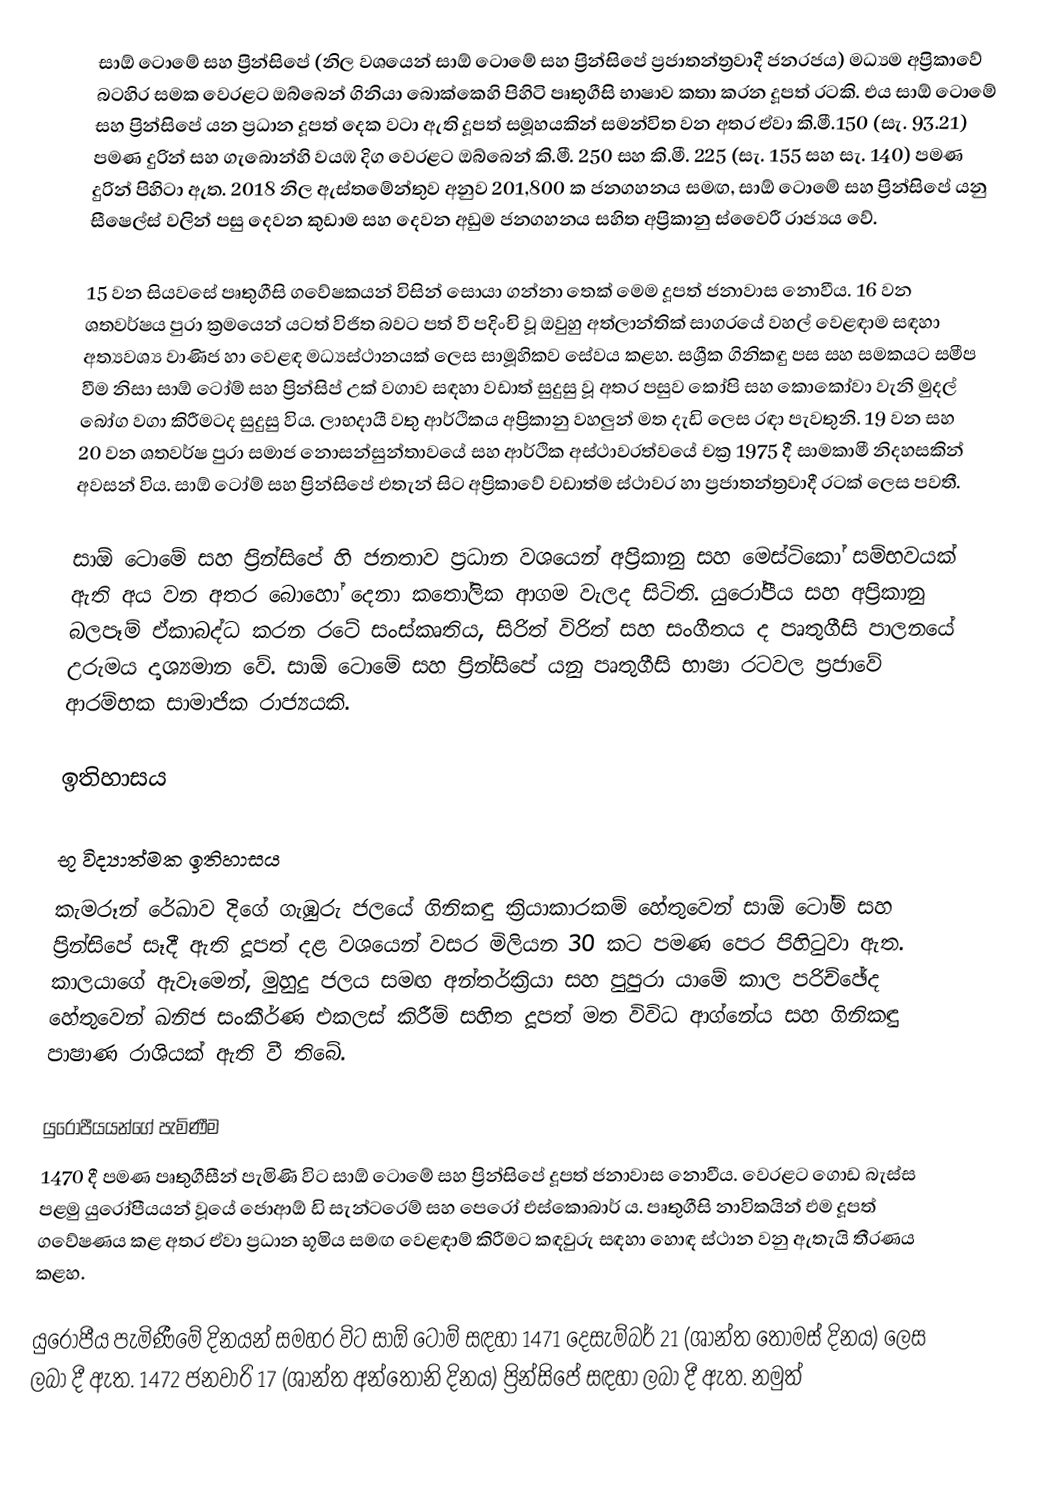
සාඕ ටොමේ සහ ප්‍රින්සිපේ (නිල වශයෙන් සාඕ ටොමේ සහ ප්‍රින්සිපේ ප්‍රජාතන්ත්‍රවාදී ජනරජය) මධ්‍යම අප්‍රිකාවේ බටහිර සමක වෙරළට ඔබ්බෙන් ගිනියා බොක්කෙහි පිහිටි පෘතුගීසි භාෂාව කතා කරන දූපත් රටකි. එය සාඕ ටොමේ සහ ප්‍රින්සිපේ යන ප්‍රධාන දූපත් දෙක වටා ඇති දූපත් සමූහයකින් සමන්විත වන අතර ඒවා කි.මී.150 (සැ. 93.21) පමණ දුරින් සහ ගැබොන්හි වයඹ දිග වෙරළට ඔබ්බෙන් කි.මී. 250 සහ කි.මී. 225 (සැ. 155 සහ සැ. 140) පමණ දුරින් පිහිටා ඇත. 2018 නිල ඇස්තමේන්තුව අනුව 201,800 ක ජනගහනය සමඟ, සාඕ ටොමේ සහ ප්‍රින්සිපේ යනු සීෂෙල්ස් වලින් පසු දෙවන කුඩාම සහ දෙවන අඩුම ජනගහනය සහිත අප්‍රිකානු ස්වෛරී රාජ්‍යය වේ.

15 වන සියවසේ පෘතුගීසි ගවේෂකයන් විසින් සොයා ගන්නා තෙක් මෙම දූපත් ජනාවාස නොවීය. 16 වන ශතවර්ෂය පුරා ක්‍රමයෙන් යටත් විජිත බවට පත් වී පදිංචි වූ ඔවුහු අත්ලාන්තික් සාගරයේ වහල් වෙළඳාම සඳහා අත්‍යවශ්‍ය වාණිජ හා වෙළඳ මධ්‍යස්ථානයක් ලෙස සාමූහිකව සේවය කළහ. සශ්‍රීක ගිනිකඳු පස සහ සමකයට සමීප වීම නිසා සාඕ ටෝම් සහ ප්‍රින්සිප් උක් වගාව සඳහා වඩාත් සුදුසු වූ අතර පසුව කෝපි සහ කොකෝවා වැනි මුදල් බෝග වගා කිරීමටද සුදුසු විය. ලාභදායී වතු ආර්ථිකය අප්‍රිකානු වහලුන් මත දැඩි ලෙස රඳා පැවතුනි. 19 වන සහ 20 වන ශතවර්ෂ පුරා සමාජ නොසන්සුන්තාවයේ සහ ආර්ථික අස්ථාවරත්වයේ චක්‍ර 1975 දී සාමකාමී නිදහසකින් අවසන් විය. සාඕ ටෝම් සහ ප්‍රින්සිපේ එතැන් සිට අප්‍රිකාවේ වඩාත්ම ස්ථාවර හා ප්‍රජාතන්ත්‍රවාදී රටක් ලෙස පවතී.

සාඕ ටොමේ සහ ප්‍රින්සිපේ හි ජනතාව ප්‍රධාන වශයෙන් අප්‍රිකානු සහ මෙස්ටිකෝ සම්භවයක් ඇති අය වන අතර බොහෝ දෙනා කතෝලික ආගම වැලද සිටිති. යුරෝපීය සහ අප්‍රිකානු බලපෑම් ඒකාබද්ධ කරන රටේ සංස්කෘතිය, සිරිත් විරිත් සහ සංගීතය ද පෘතුගීසි පාලනයේ උරුමය දෘශ්‍යමාන වේ. සාඕ ටොමේ සහ ප්‍රින්සිපේ යනු පෘතුගීසි භාෂා රටවල ප්‍රජාවේ ආරම්භක සාමාජික රාජ්‍යයකි.

ඉතිහාසය

භූ විද්‍යාත්මක ඉතිහාසය
කැමරූන් රේඛාව දිගේ ගැඹුරු ජලයේ ගිනිකඳු ක්‍රියාකාරකම් හේතුවෙන් සාඕ ටෝම් සහ ප්‍රින්සිපේ සෑදී ඇති දූපත් දළ වශයෙන් වසර මිලියන 30 කට පමණ පෙර පිහිටුවා ඇත. කාලයාගේ ඇවෑමෙන්, මුහුදු ජලය සමඟ අන්තර්ක්‍රියා සහ පුපුරා යාමේ කාල පරිච්ඡේද හේතුවෙන් ඛනිජ සංකීර්ණ එකලස් කිරීම් සහිත දූපත් මත විවිධ ආග්නේය සහ ගිනිකඳු පාෂාණ රාශියක් ඇති වී තිබේ.

යුරෝපීයයන්ගේ පැමිණීම
1470 දී පමණ පෘතුගීසීන් පැමිණි විට සාඕ ටොමේ සහ ප්‍රින්සිපේ දූපත් ජනාවාස නොවීය. වෙරළට ගොඩ බැස්ස පළමු යුරෝපීයයන් වූයේ ජොආඕ ඩි සැන්ටරෙම් සහ පෙරෝ එස්කොබාර් ය. පෘතුගීසි නාවිකයින් එම දූපත් ගවේෂණය කළ අතර ඒවා ප්‍රධාන භූමිය සමඟ වෙළඳාම් කිරීමට කඳවුරු සඳහා හොඳ ස්ථාන වනු ඇතැයි තීරණය කළහ.

යුරෝපීය පැමිණීමේ දිනයන් සමහර විට සාඕ ටෝම් සඳහා 1471 දෙසැම්බර් 21 (ශාන්ත තෝමස් දිනය) ලෙස ලබා දී ඇත. 1472 ජනවාරි 17 (ශාන්ත අන්තෝනි දිනය) ප්‍රින්සිපේ සඳහා ලබා දී ඇත. නමුත්